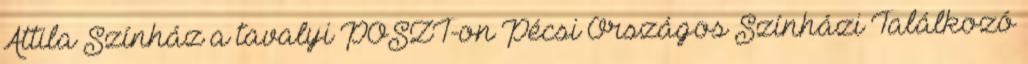
Attila Színház a tavalyi POSZT-on Pécsi Országos Színházi Találkozó